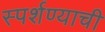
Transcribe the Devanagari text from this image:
स्पर्शण्याची